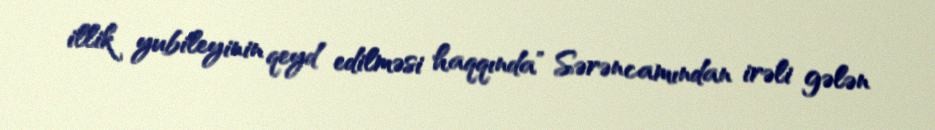
illik yubileyinin qeyd edilməsi haqqında” Sərəncamından irəli gələn